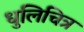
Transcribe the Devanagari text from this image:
धुलिचित्र